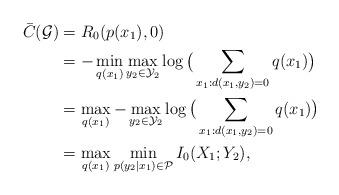
LaTeX: \begin{align*}\bar{C}(\mathcal G)&=R_0(p(x_1), 0)\\&=-\min_{q(x_1)}\max_{y_2\in \mathcal{Y}_2}\log\big(\sum_{x_1:d(x_1,y_2)=0}q(x_1)\big)\\&=\max_{q(x_1)}-\max_{y_2\in \mathcal{Y}_2}\log\big(\sum_{x_1:d(x_1,y_2)=0}q(x_1)\big)\\&=\max_{q(x_1)}\min_{p(y_2|x_1)\in \mathcal{P}}I_0(X_1;Y_2),\end{align*}